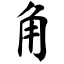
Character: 角